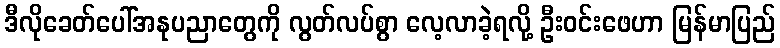
ဒီလိုခေတ်ပေါ်အနုပညာတွေကို လွတ်လပ်စွာ လေ့လာခဲ့ရလို့ ဦးဝင်းဖေဟာ မြန်မာပြည်